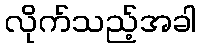
လိုက်သည့်အခါ